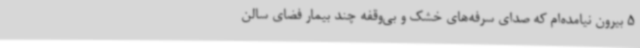
5 بیرون نیامده‌ام که صدای سرفه‌های خشک و بی‌وقفه چند بیمار فضای سالن